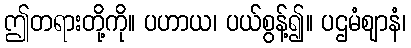
ဤတရားတို့ကို။ ပဟာယ၊ ပယ်စွန့်၍။ ပဌမံဈာနံ၊